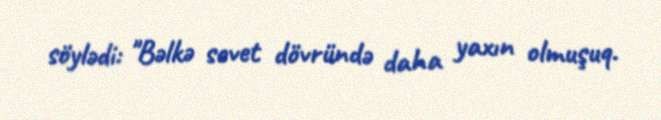
söylədi: "Bəlkə sovet dövründə daha yaxın olmuşuq.